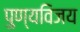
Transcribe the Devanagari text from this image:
पुण्यविजय